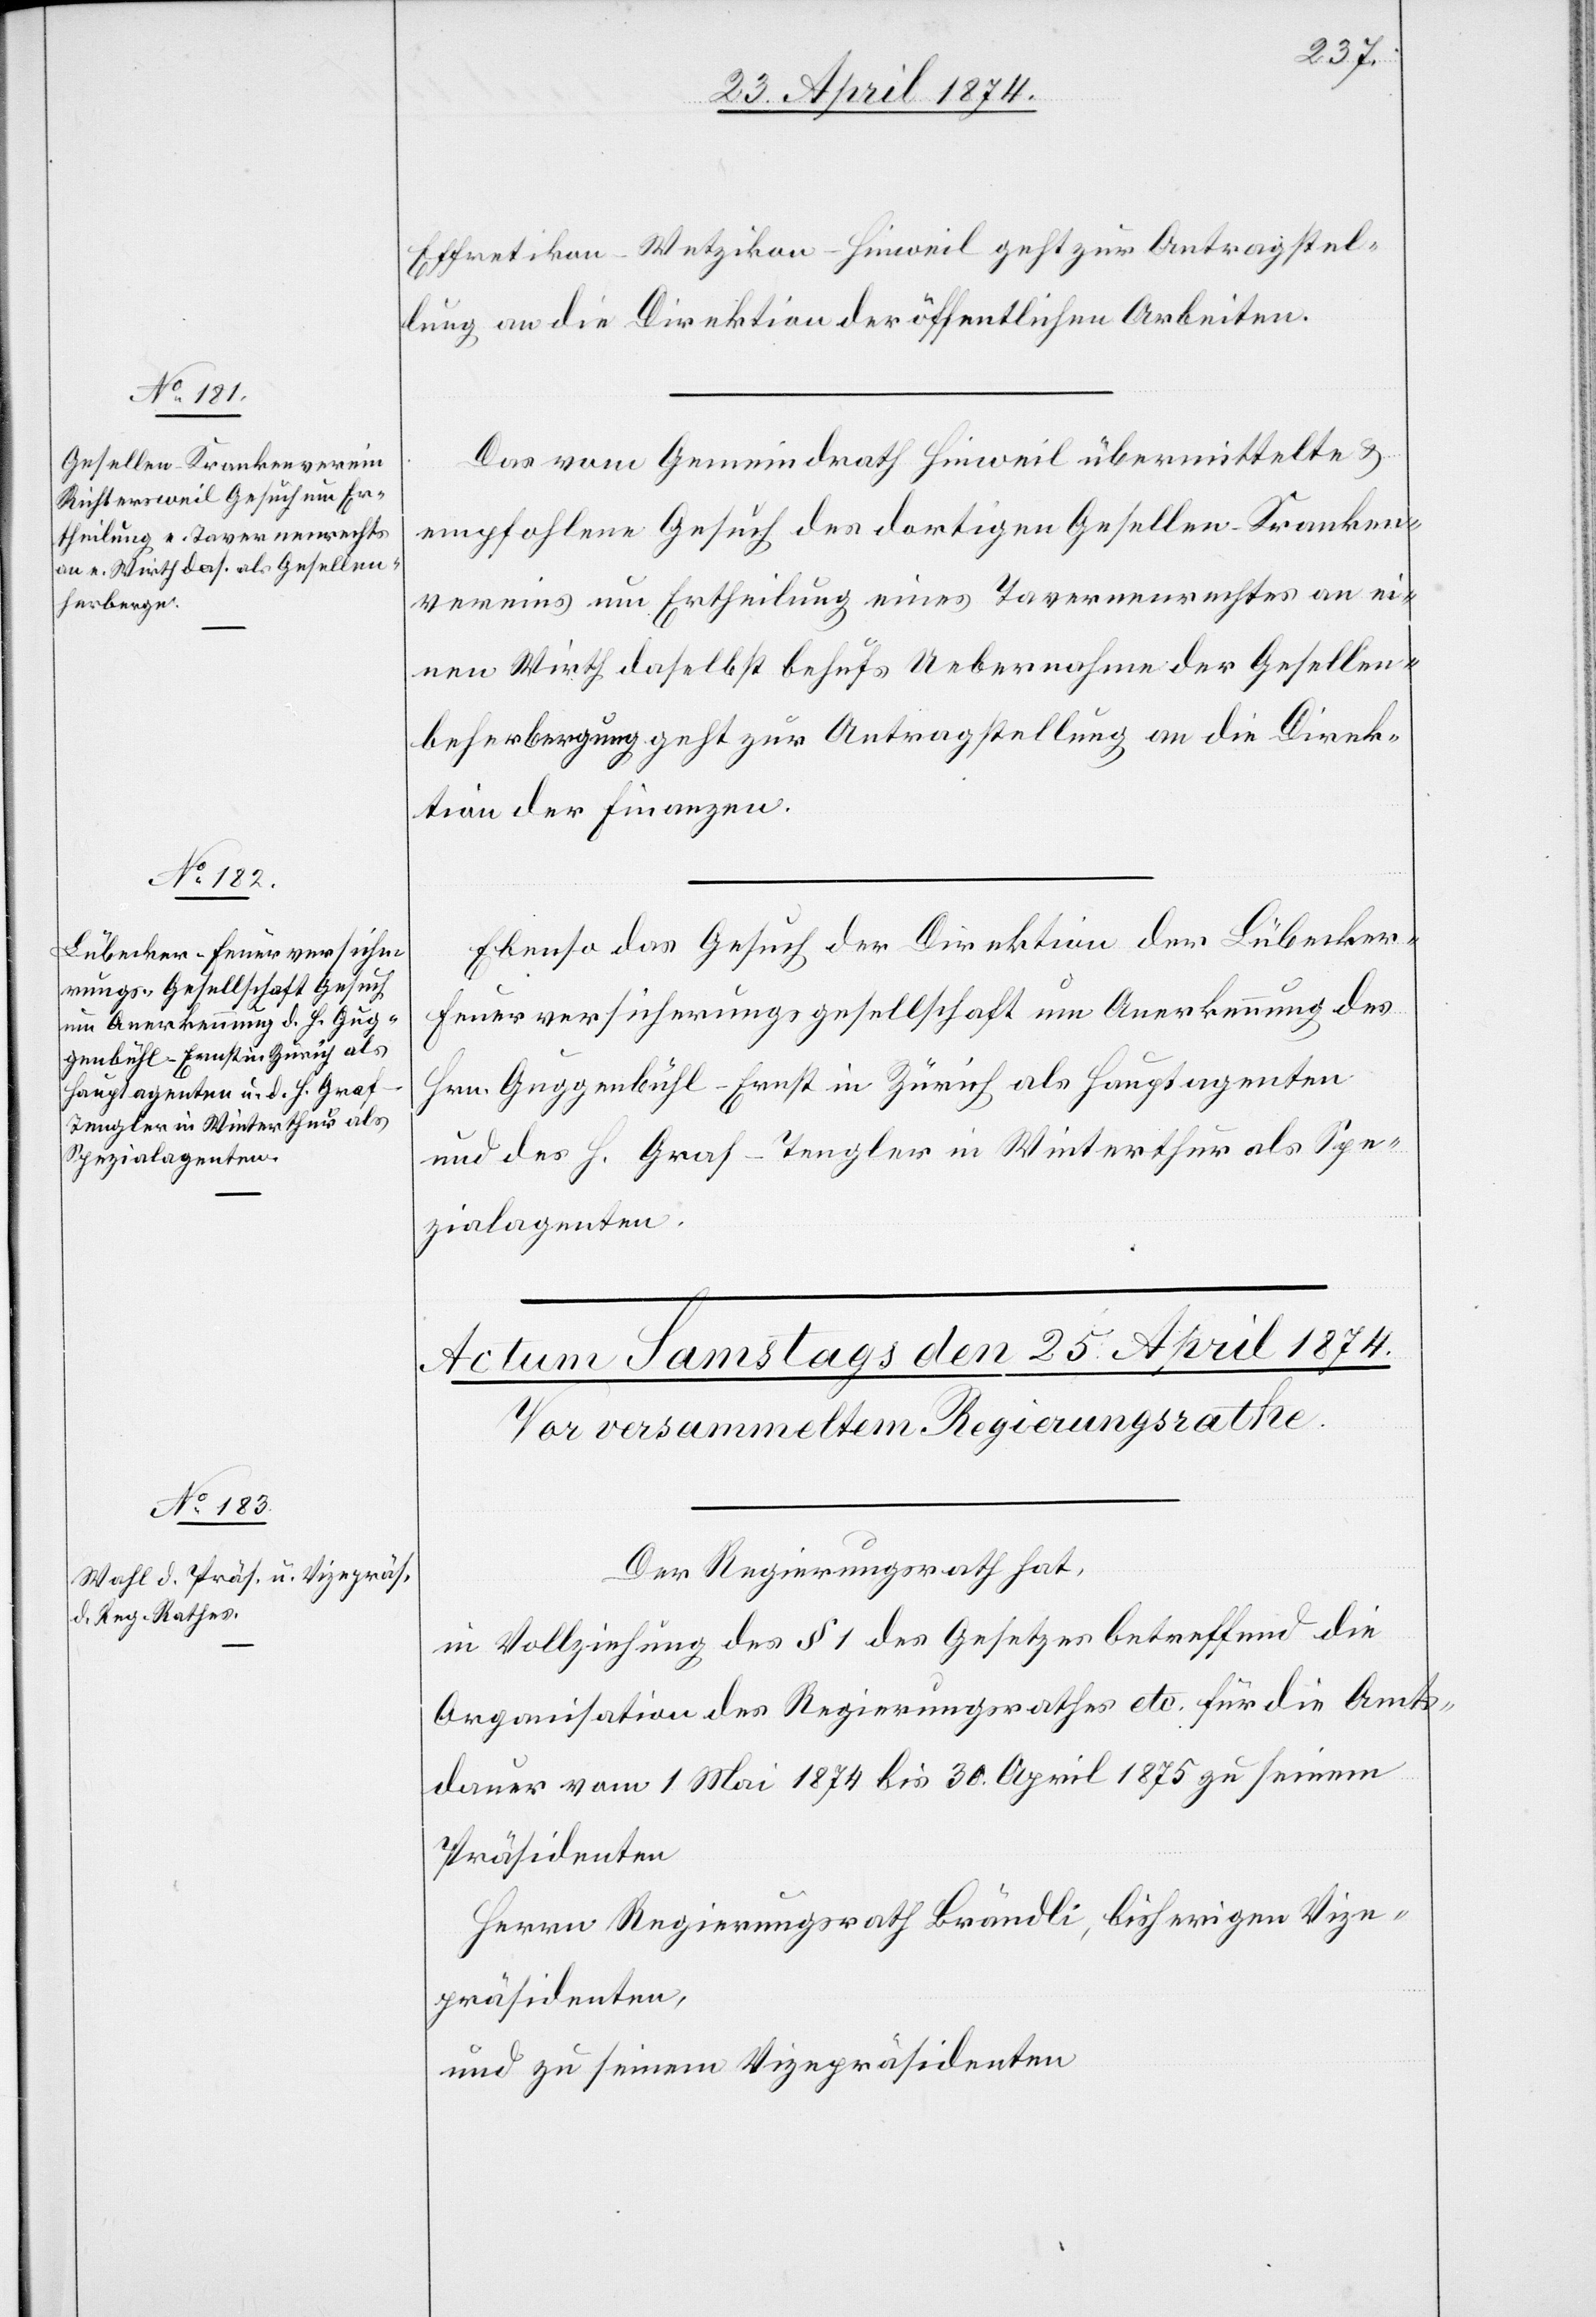
24. April 1874.]
Effretikon-Wetzikon-Hinweil geht zur Antragstel¬
lung an die Direktion der öffentlichen Arbeiten.
Das vom Gemeindrath Hinweil übermittelte u.
empfohlene Gesuch des dortigen Gesellen-Kranken¬
vereins um Ertheilung eines Tavernenrechtes an ei¬
nen Wirth daselbst behufs Uebernahme der Gesellen¬
beherbergung geht zur Antragstellung an die Direk¬
tion der Finanzen.
Ebenso das Gesuch der Direktion der Lübecker-F¬
euerversicherungsgesellschaft um Anerkennung des
Hrn. Guggenbühl-Ernst in Zürich als Hauptagenten
und des H. Graf-Tengler in Winterthur als Spe¬
zialagenten.
Der Regierungsrath hat,
in Vollziehung des § 1 des Gesetzes betreffend die
Organisation des Regierungsrathes etc. für die Amts¬
dauer vom 1. Mai 1874 bis 30 April 1875 zu seinem
Präsidenten
Herrn Regierungsrath Brändli, bisherigen Vize¬
präsidenten,
und zu seinem Vizepräsidenten